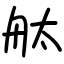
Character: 舦